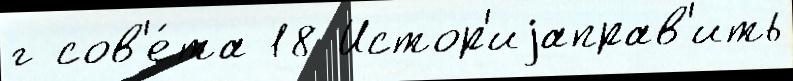
г сов'е́та 18 Истор'иjаправ'ить